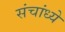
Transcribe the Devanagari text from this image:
संचांध्ये